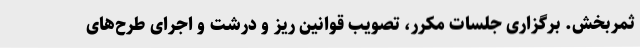
ثمربخش. برگزاری جلسات مکرر، تصویب قوانین ریز و درشت و اجرای طرح‌های